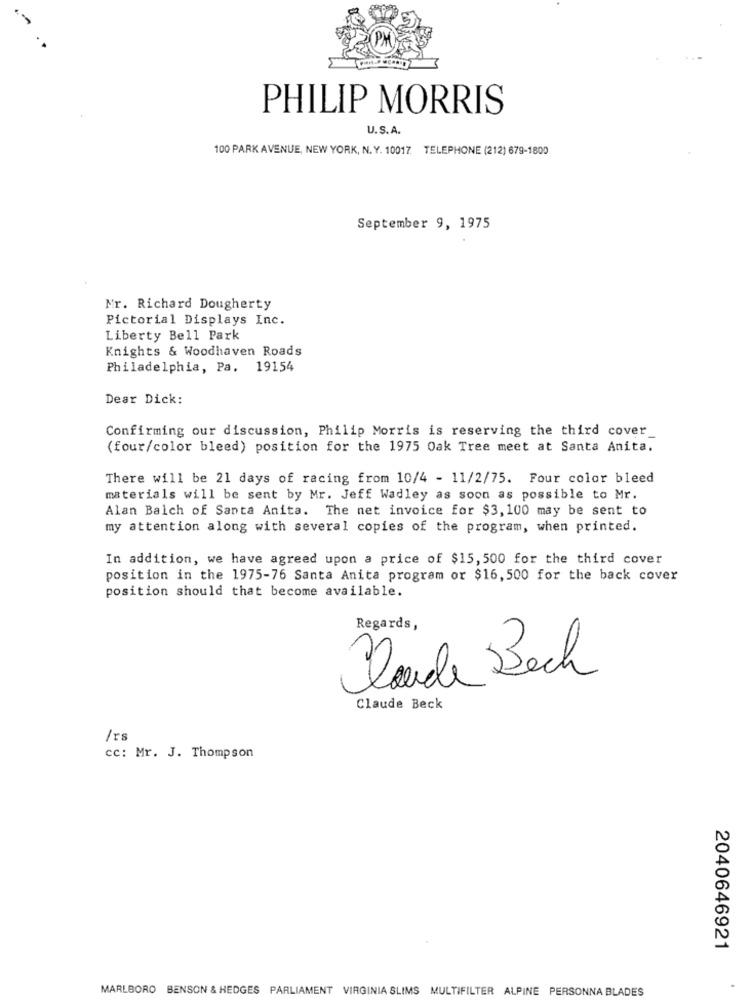
PHILIP MORRIS
U.S.A.
100 PARK AVENUE, NEW YORK, N. Y. 10017 TELEPHONE (212) 679-1800
September 9, 1975
Mr. Richard Dougherty
Pictorial Displays Inc.
Liberty Bell Park
Knights & Woodhaven Roads
Philadelphia, Pa. 19154
Dear Dick:
Confirming our discussion, Philip Morris is reserving the third cover_
(four/color bleed) position for the 1975 Oak Tree meet at Santa Anita.
There will be 21 days of racing from 10/4 - 11/2/75. Four color bleed
materials will be sent by Mr. Jeff Wadley as soon as possible to Mr.
Alan Balch of Santa Anita. The net invoice for $3, 100 may be sent to
my attention along with several copies of the program, when printed.
In addition, we have agreed upon a price of $15, 500 for the third cover
position in the 1975-76 Santa Anita program or $16, 500 for the back cover
position should that become available.
Regards,
Donde Bech
Claude Beck
/rs
cc: Mr. J. Thompson
2040646921
MARLBORO BENSON & HEDGES PARLIAMENT VIRGINIA SLIMS MULTIFILTER ALPINE PERSONNA BLADES